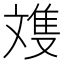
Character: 𪯩